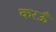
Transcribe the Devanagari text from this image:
करऊँ